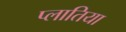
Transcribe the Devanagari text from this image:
प्लातिया